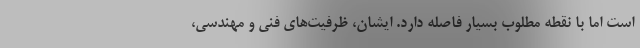
است اما با نقطه مطلوب بسیار فاصله دارد. ایشان، ظرفیت‌های فنی و مهندسی،